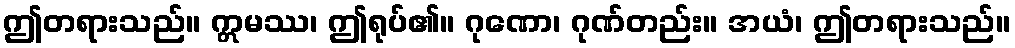
ဤတရားသည်။ ဣမဿ၊ ဤရုပ်၏။ ဂုဏော၊ ဂုဏ်တည်း။ အယံ၊ ဤတရားသည်။